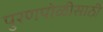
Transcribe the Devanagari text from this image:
पुरणपोळीसाठी